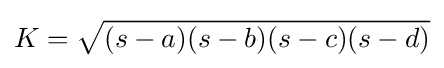
K={\sqrt {(s-a)(s-b)(s-c)(s-d)}}